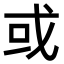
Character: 或